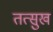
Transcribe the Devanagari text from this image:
तत्सुख